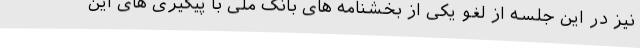
نیز در این جلسه از لغو یکی از بخشنامه های بانک ملی با پیگیری های این